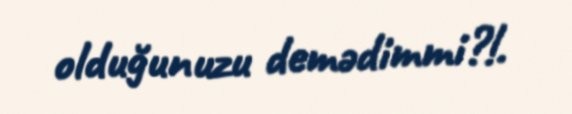
olduğunuzu demədimmi?!.